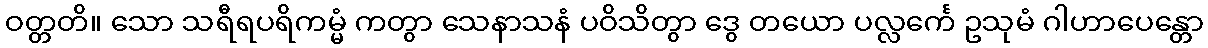
ဝတ္တတိ။ သော သရီရပရိကမ္မံ ကတွာ သေနာသနံ ပဝိသိတွာ ဒွေ တယော ပလ္လင်္ကေ ဥသုမံ ဂါဟာပေန္တော